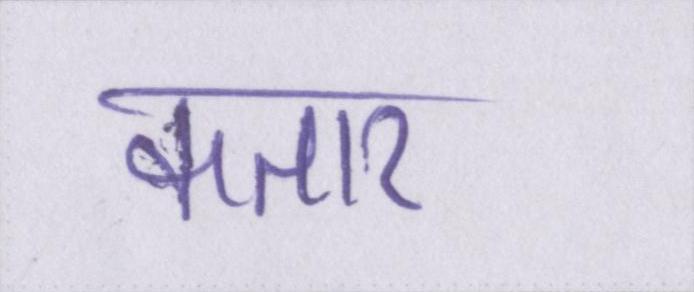
कतार